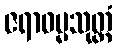
ဇရာဓမ္မသုတ္တံ